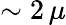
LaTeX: \sim 2\, \mu